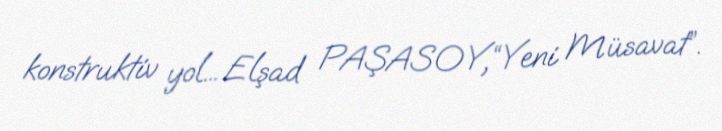
konstruktiv yol... Elşad PAŞASOY,“Yeni Müsavat”.